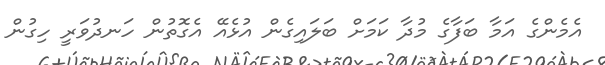
އެމެންގެ އަމާ ބަފާގެ މުދާ ކަމަށް ބަލައިގެން އުޅެއޭ އެގޮތުން ހަނދުވަރީ ހިގުން